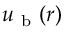
u _ { \mathrm { ~ b ~ } } ( r )